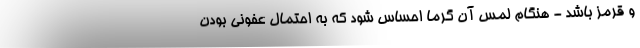
و قرمز باشد - هنگام لمس آن گرما احساس شود که به احتمال عفونی بودن